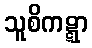
သူစိကဋ္ဋာ